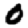
Digit: 0